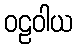
ဝဠဝါယ